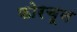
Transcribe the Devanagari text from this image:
फोरचून